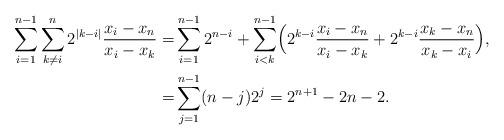
LaTeX: \begin{align*}\sum\limits_{i=1}^{n-1}\sum\limits_{k\neq i}^n 2^{|k-i|} \frac{x_i-x_n}{x_i-x_k} = & \sum\limits_{i=1}^{n-1} 2^{n-i} + \sum\limits_{i<k}^{n-1} \Bigl( 2^{k-i} \frac{x_i-x_n}{x_i-x_k} + 2^{k-i} \frac{x_k-x_n}{x_k-x_i}\Bigr), \\= & \sum\limits_{j=1}^{n-1} (n-j)2^j = 2^{n+1}-2n-2.\end{align*}